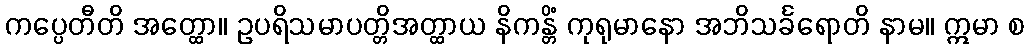
ကပ္ပေတီတိ အတ္ထော။ ဥပရိသမာပတ္တိအတ္ထာယ နိကန္တိံ ကုရုမာနော အဘိသင်္ခရောတိ နာမ။ ဣမာ စ